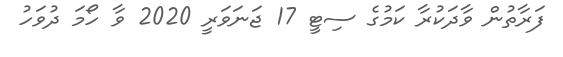
ފަރާތުން ވާދަކުރާ ކަމުގެ ސިޓީ 17 ޖަނަވަރީ 2020 ވާ ހޯމަ ދުވަހު